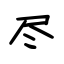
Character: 尽